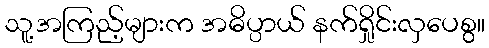
သူ့အကြည့်များက အဓိပ္ပာယ် နက်ရှိုင်းလှပေစွ။